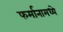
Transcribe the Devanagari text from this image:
फर्मानामध्ये